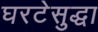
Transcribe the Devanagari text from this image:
घरटेसुद्धा